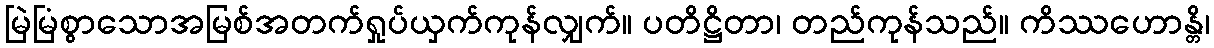
မြဲမြံစွာသောအမြစ်အတက်ရှုပ်ယှက်ကုန်လျှက်။ ပတိဋ္ဌိတာ၊ တည်ကုန်သည်။ ကိဿဟောန္တိ၊